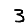
Digit: 3